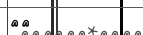
٩٠